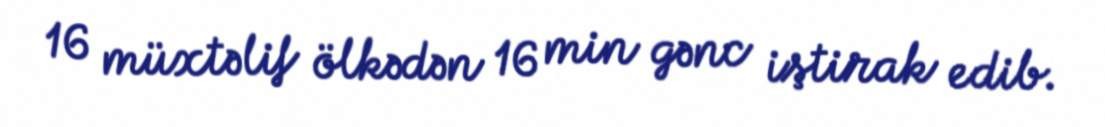
16 müxtəlif ölkədən 16 min gənc iştirak edib.